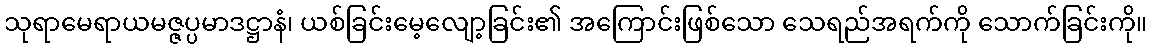
သုရာမေရာယမဇ္ဇပ္ပမာဒဋ္ဌာနံ၊ ယစ်ခြင်းမေ့လျော့ခြင်း၏ အကြောင်းဖြစ်သော သေရည်အရက်ကို သောက်ခြင်းကို။